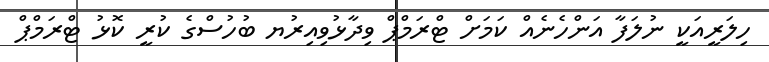
ހިލަރީއަކީ ނުލަފާ އަންހެނެއް ކަަމަށް ޓްރަމްޕް ވިދާޅުވިއިރުޔ ބުހުސްގެ ކުރީ ކޮޅު ޓްރަމްޕް